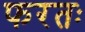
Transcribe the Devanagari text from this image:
फरतः